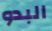
البدو